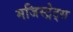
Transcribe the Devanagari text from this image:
मजिस्ट्रेट्स